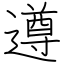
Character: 遵